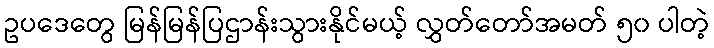
ဥပဒေတွေ မြန်မြန်ပြဌာန်းသွားနိုင်မယ့် လွှတ်တော်အမတ် ၅၀ ပါတဲ့